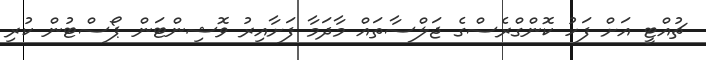
ޗުއްޓީ އަށް ފަހު ކޮންގްރެސްގެ ޖަލްސާތައް މާދަމާ ފަށާއިރު ވޮޝިންޓަން ޕޯސްޓުން ކުރި